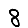
Digit: 8